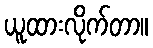
ယူထားလိုက်တာ။